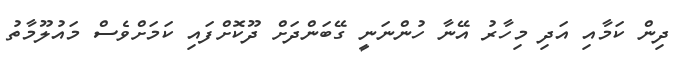
ދިން ކަމާއި އަދި މިހާރު އޭނާ ހުންނަނީ ގޭބަންދަށް ދޫކޮށްފައި ކަމަށްވެސް މައުލޫމާތު